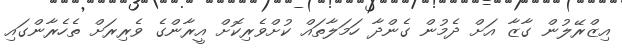
އިޒްރޭލުން ގާޒާ އަށް ދެމުން ގެންދާ ހަމަލާތައް ކުށްވެރިކޮށް އީރާންގެ ވެރިރަށް ތެހެރާންގައި